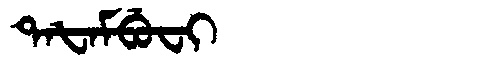
Manchu: ᡨᠠᡶᠠᠮᠪᡠᠸᡳ
Romanization: TAFAMBUFI